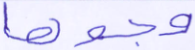
وجوها